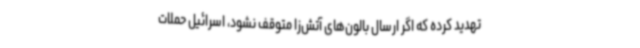
تهدید کرده که اگر ارسال بالون‌های آتش‌زا متوقف نشود، اسرائیل حملات